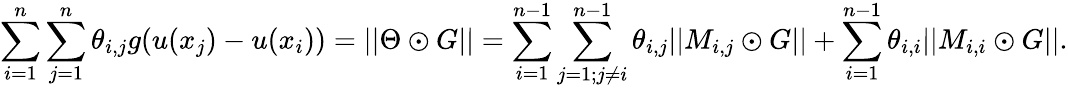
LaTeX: \sum_{i=1}^{n}\sum_{j=1}^{n}\theta_{i,j}g(u(x_{j})-u(x_{i}))=||\Theta\odot G||=\sum_{i=1}^{n-1}\sum_{j=1;j\neq i}^{n-1}\theta_{i,j}||M_{i,j}\odot G||+\sum_{i=1}^{n-1}\theta_{i,i}||M_{i,i}\odot G||.